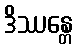
ဒိဿန္တေ